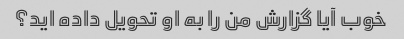
خوب آیا گزارش من را به او تحویل داده اید؟